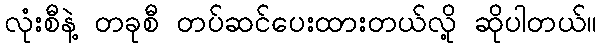
လုံးစီနဲ့ တခုစီ တပ်ဆင်ပေးထားတယ်လို့ ဆိုပါတယ်။